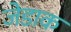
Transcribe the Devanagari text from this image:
जेडाक